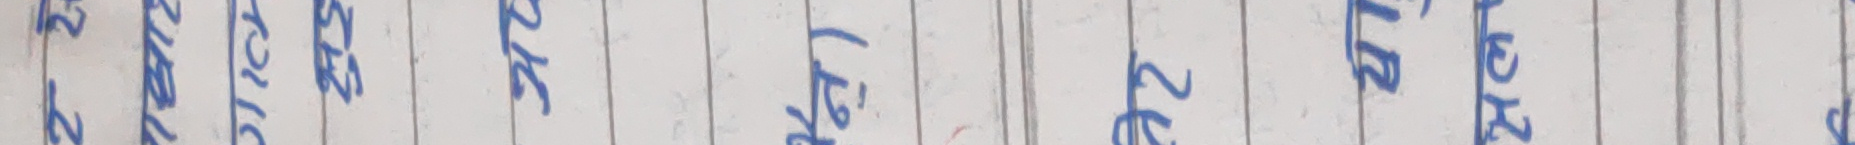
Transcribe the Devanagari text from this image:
नम्बर २९१